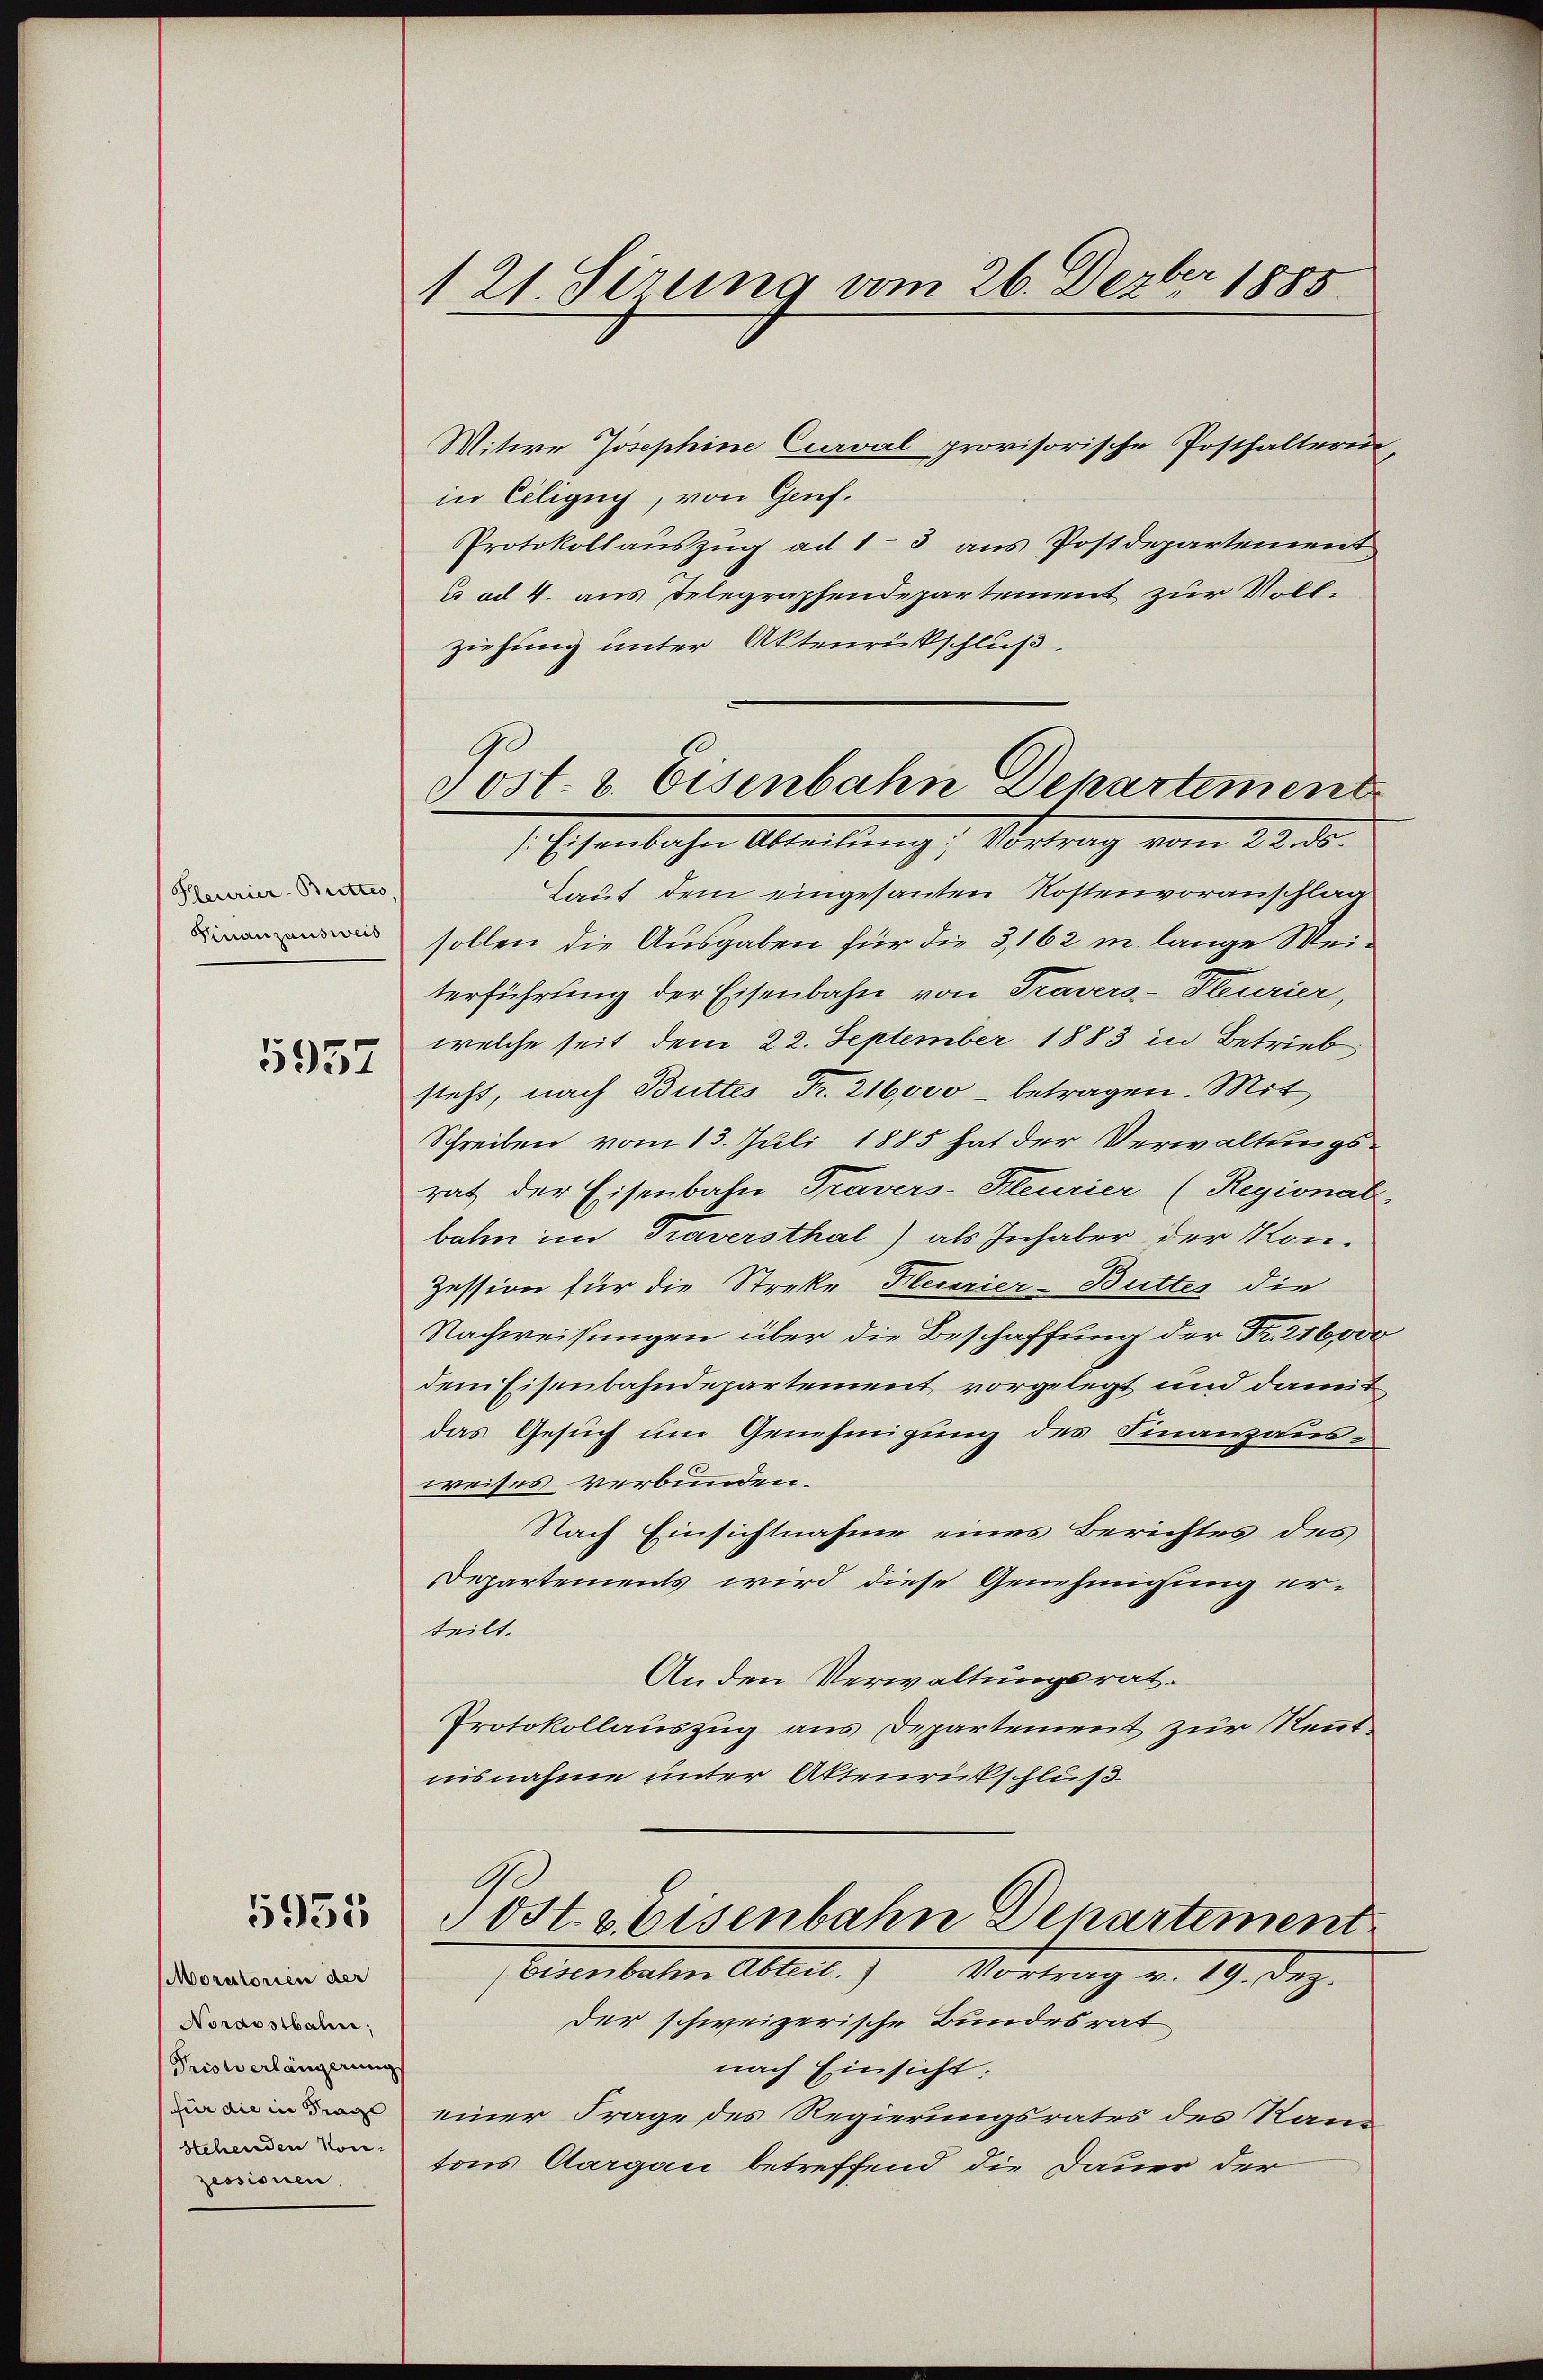
Pleurier-Brettes,
Finanzausweis

5957

5955

Moratorien der
Nordostbahne;
Pristerlängerung
(für die in Frage
stehenden Kon-
zessionen.

121. Sirung vom 26. Dezbr 1885.

Mitwe Josephine Curval provisorische Posthalterin
in Ciligug, von Genf.
Protokollauszug ad 13 aus Postdepartement
u ad 4. aus Telegraphendepartement zur Vollziehung unter Aktenritschluß.
1. Osenbachen Abteilung, Metrag vom 23. ds.
Laut dem eingesanten Kostenvoranschlag
sollen die Ausgaben für die 3, 162 m lange Weiterführung der Eisenbahn von Travers-Pleurier,
welche seit dem 22. September 1883 in Betrieb
steht, nach Buttes Fr. 216,000 betragen. Mit
Schreiben vom 13. Juli 1885 hat der Verwaltungsrat der Eisenbahn Travers-Heurier (Regional.
bahn im Traversthal) als Inhaber der Kon¬
Zession für die Streke Pleurier-Buttes die
Nachweisungen über die Beschaffung der Fr. 216,000
dem Eisenbahndepartement vorgelegt und damit
das Gesuch um Genehmigung des Finanzausweises verbunden.
Nach Einsichtnahme eines Berichtes des
Departements wird diese Genehmigung erteilt.
Anden Verwaltungsrat.
Protokollauszug aus Departement zur Kenntnisnahme unter Aktenrückschluß
Post. Eisenbahn Departement

Post- & Eisenbahn Departement

Eisenbaten Abteil)
Vortrag v. 19. Dez.

der schweizerische Bundesrat
nach Einsicht:
einer Frage des Regierungsrates des Kantons Aargau betreffend die Dauer der